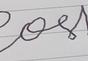
Signature authenticity: forged